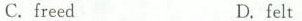
C. freedD. felt